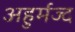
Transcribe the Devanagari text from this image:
अहुर्मज्द